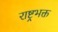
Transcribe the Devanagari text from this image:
राष्ट्रभक्त